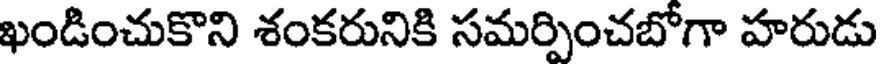
ఖండించుకొని శంకరునికి సమర్పించబోగా హరుడు